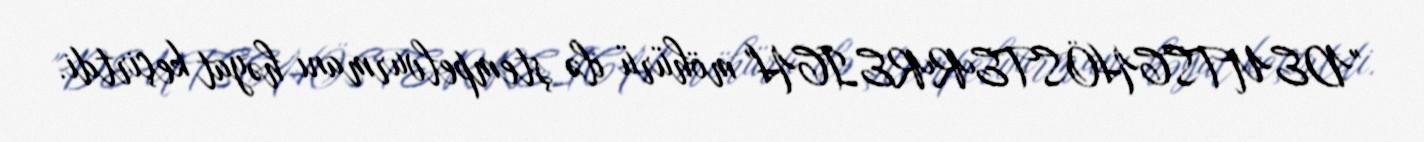
"DEUTSCHÖSTERREICH" möhürü ilə ştempelvurmanı həyat keçirtdi.